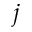
j